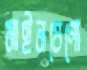
মাইনষেগো